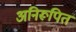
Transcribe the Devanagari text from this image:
अनिरूपित